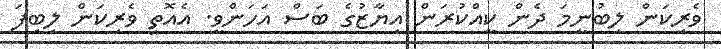
ވެރިކަން ލިބުނީމަ ދެން ކީއްކުރަން އިޔާޒުގެ ބަސް އަހަންވީ. އެއޮތީ ވެރިކަން ލިބިފަ